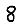
Digit: 8